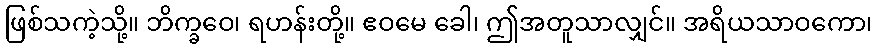
ဖြစ်သကဲ့သို့။ ဘိက္ခဝေ၊ ရဟန်းတို့။ ဧဝမေ ခေါ၊ ဤအတူသာလျှင်။ အရိယသာဝကော၊